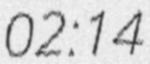
02:14